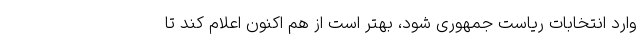
وارد انتخابات ریاست جمهوری شود، بهتر است از هم اکنون اعلام کند تا